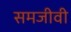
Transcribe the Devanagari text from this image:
समजीवी